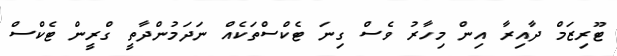
ޓޫރިޒަމް ދާއިރާ އިން މިހާރު ވެސް ގިނަ ޓެކްސްތަކެއް ނަދަމުންދާތީ ގްރީން ޓެކްސް